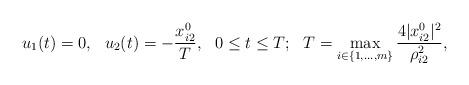
LaTeX: \begin{align*}u_1(t)=0, \ \ u_2(t)=-\frac{x_{i2}^0}{T}, \ \ 0\leq t\leq T; \ \ T = \max_{i\in\{1,...,m\}}\frac{4|x_{i2}^0|^2}{\rho_{i2}^2},\end{align*}